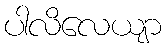
ပါလိလေယျာ